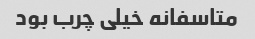
متاسفانه خیلی چرب بود